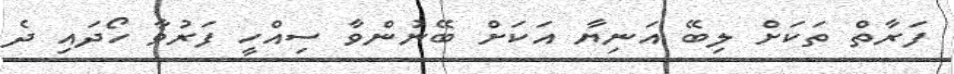
ފަރާތް ތަކަށް ލިބޭ އަނިޔާ އަކަށް ބޭނުންވާ ސިއްހީ ފަރުވާ ހޯދައި ދެ